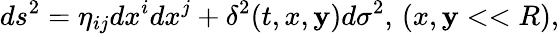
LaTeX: ds^{2}=\eta_{ij}dx^{i}dx^{j}+\delta^{2}(t,x,\mathbf{y})d\sigma^{2},\, (x,\mathbf{y}<<R),